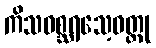
ကိသဝစ္ဆရသေ့ဝတ္ထု